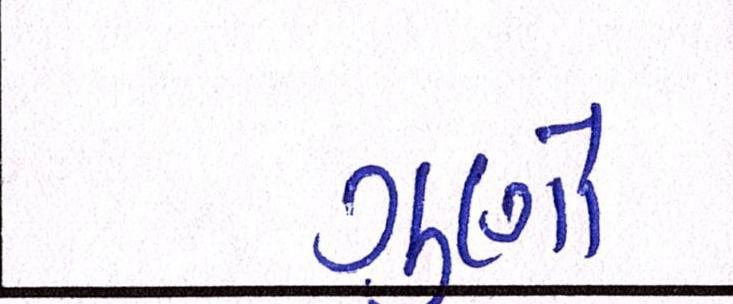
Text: ગુણો